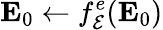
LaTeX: {\mathbf E}_{0}\leftarrow f_{\cal E}^{e}({\mathbf E}_{0})